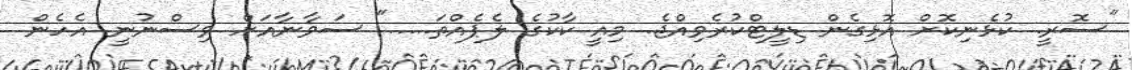
"ސޮރީ. ކުޅެނިކޮށް އޮޅިގެން ޑިލީޓްކުރެވިއްޖެ. މިއީ ކާކުގެ ލެޕެއްތަ....." ސަވާނާއަށް ވިސްނުނީ އެހެން